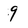
Character: 9